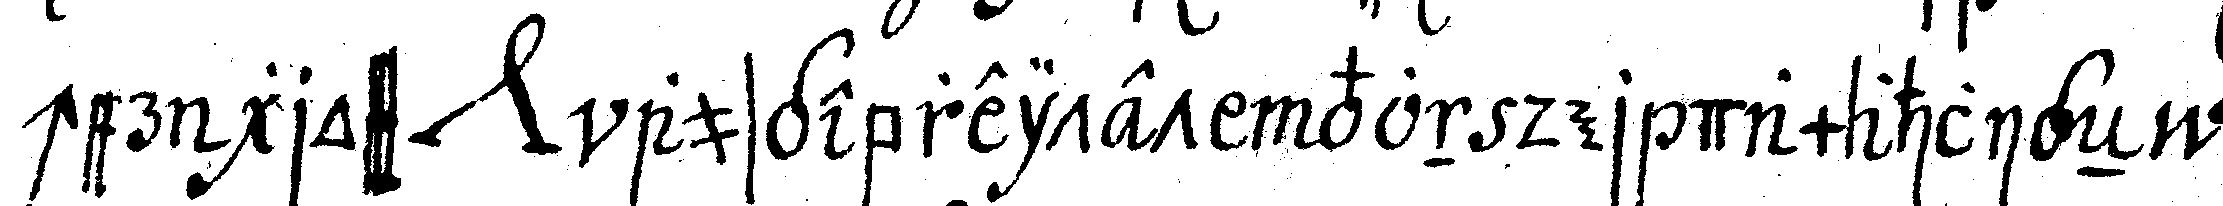
cher gross *nee* ausgebreit von der damahligeN